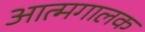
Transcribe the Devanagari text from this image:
आत्मगालक